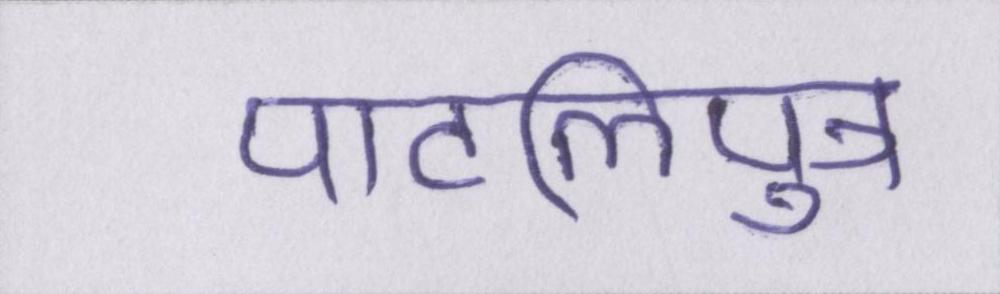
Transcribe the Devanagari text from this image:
पाटलिपुत्र